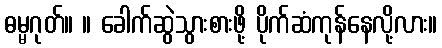
ဓမ္မဂုတ်။ ။ ခေါက်ဆွဲသွားစားဖို့ ပိုက်ဆံကုန်နေလို့လား။